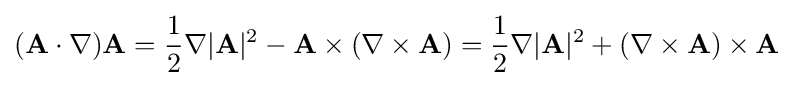
{\displaystyle (\mathbf {A} \cdot \nabla )\mathbf {A} ={\frac {1}{2}}\nabla |\mathbf {A} |^{2}-\mathbf {A} \times (\nabla \times \mathbf {A} )={\frac {1}{2}}\nabla |\mathbf {A} |^{2}+(\nabla \times \mathbf {A} )\times \mathbf {A} }